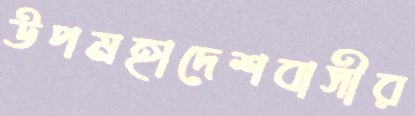
উপমহাদেশবাসীর